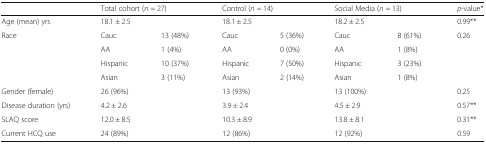
|  | <COLSPAN=2> Total cohort (n = 27) | <COLSPAN=2> Control (n = 14) | <COLSPAN=2> Social Media (n = 13) | p-value* |
 | --- | --- | --- | --- | --- | --- | --- | --- |
 | Age (mean) yrs | <COLSPAN=2> 18.1 ± 2.5 | <COLSPAN=2> 18.1 ± 2.5 | <COLSPAN=2> 18.2 ± 2.5 | 0.99** |
 | <ROWSPAN=4> Race | Cauc | 13 (48%) | Cauc | 5 (36%) | Cauc | 8 (61%) | <ROWSPAN=4> 0.26 |
 | AA | 1 (4%) | AA | 0 (0%) | AA | 1 (8%) |
 | Hispanic | 10 (37%) | Hispanic | 7 (50%) | Hispanic | 3 (23%) |
 | Asian | 3 (11%) | Asian | 2 (14%) | Asian | 1 (8%) |
 | Gender (female) | <COLSPAN=2> 26 (96%) | <COLSPAN=2> 13 (93%) | <COLSPAN=2> 13 (100%) | 0.25 |
 | Disease duration (yrs) | <COLSPAN=2> 4.2 ± 2.6 | <COLSPAN=2> 3.9 ± 2.4 | <COLSPAN=2> 4.5 ± 2.9 | 0.57** |
 | SLAQ score | <COLSPAN=2> 12.0 ± 8.5 | <COLSPAN=2> 10.3 ± 8.9 | <COLSPAN=2> 13.8 ± 8.1 | 0.31** |
 | Current HCQ use | <COLSPAN=2> 24 (89%) | <COLSPAN=2> 12 (86%) | <COLSPAN=2> 12 (92%) | 0.59 |